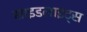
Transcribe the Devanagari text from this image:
साइडलाइट्स